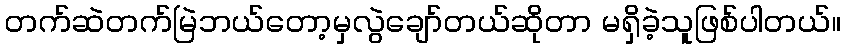
တက်ဆဲတက်မြဲဘယ်တော့မှလွဲချော်တယ်ဆိုတာ မရှိခဲ့သူဖြစ်ပါတယ်။